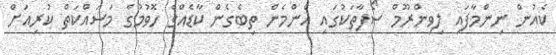
ކެއުން ނިންމާފައި ލިވިންރޫމް ސޯފާތަކުގައި އެންމެން ތިބެގެން ކާޑެއްގެ ހޮވުމުގެ މަސައްކަތް ކުރިއަށް